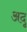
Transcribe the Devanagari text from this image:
अदू